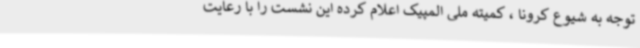
توجه به شیوع کرونا ، کمیته ملی المپیک اعلام کرده این نشست را با رعایت